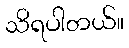
သိရပါတယ်။